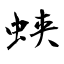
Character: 蛱